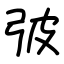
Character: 㢰